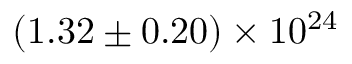
\mathrm { { ( 1 . 3 2 \pm 0 . 2 0 ) \times 1 0 ^ { 2 4 } } }